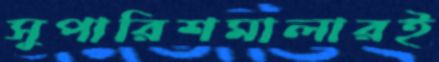
সুপারিশমালারই